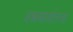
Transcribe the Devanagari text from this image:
अन्नमार्गातला